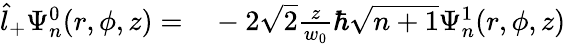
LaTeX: \begin{array}{rl}{\hat{l}_{+}\Psi_{n}^{0}(r,\phi,z)=}&{{}-2\sqrt{2}\frac{z}{w_{0}}\hbar\sqrt{n+1}\Psi_{n}^{1}(r,\phi,z)}\end{array}